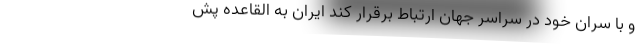
و با سران خود در سراسر جهان ارتباط برقرار کند ایران به القاعده پش